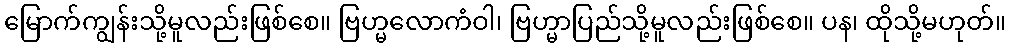
မြောက်ကျွန်းသို့မူလည်းဖြစ်စေ။ ဗြဟ္မလောကံဝါ၊ ဗြဟ္မာပြည်သို့မူလည်းဖြစ်စေ။ ပန၊ ထိုသို့မဟုတ်။